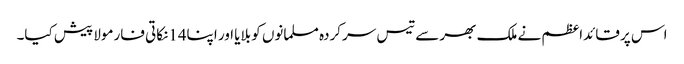
اس پر قائداعظم نے ملک بھر سے تیس سرکردہ مسلمانوں کو بلایا اور اپنا14نکاتی فارمولا پیش کیا۔